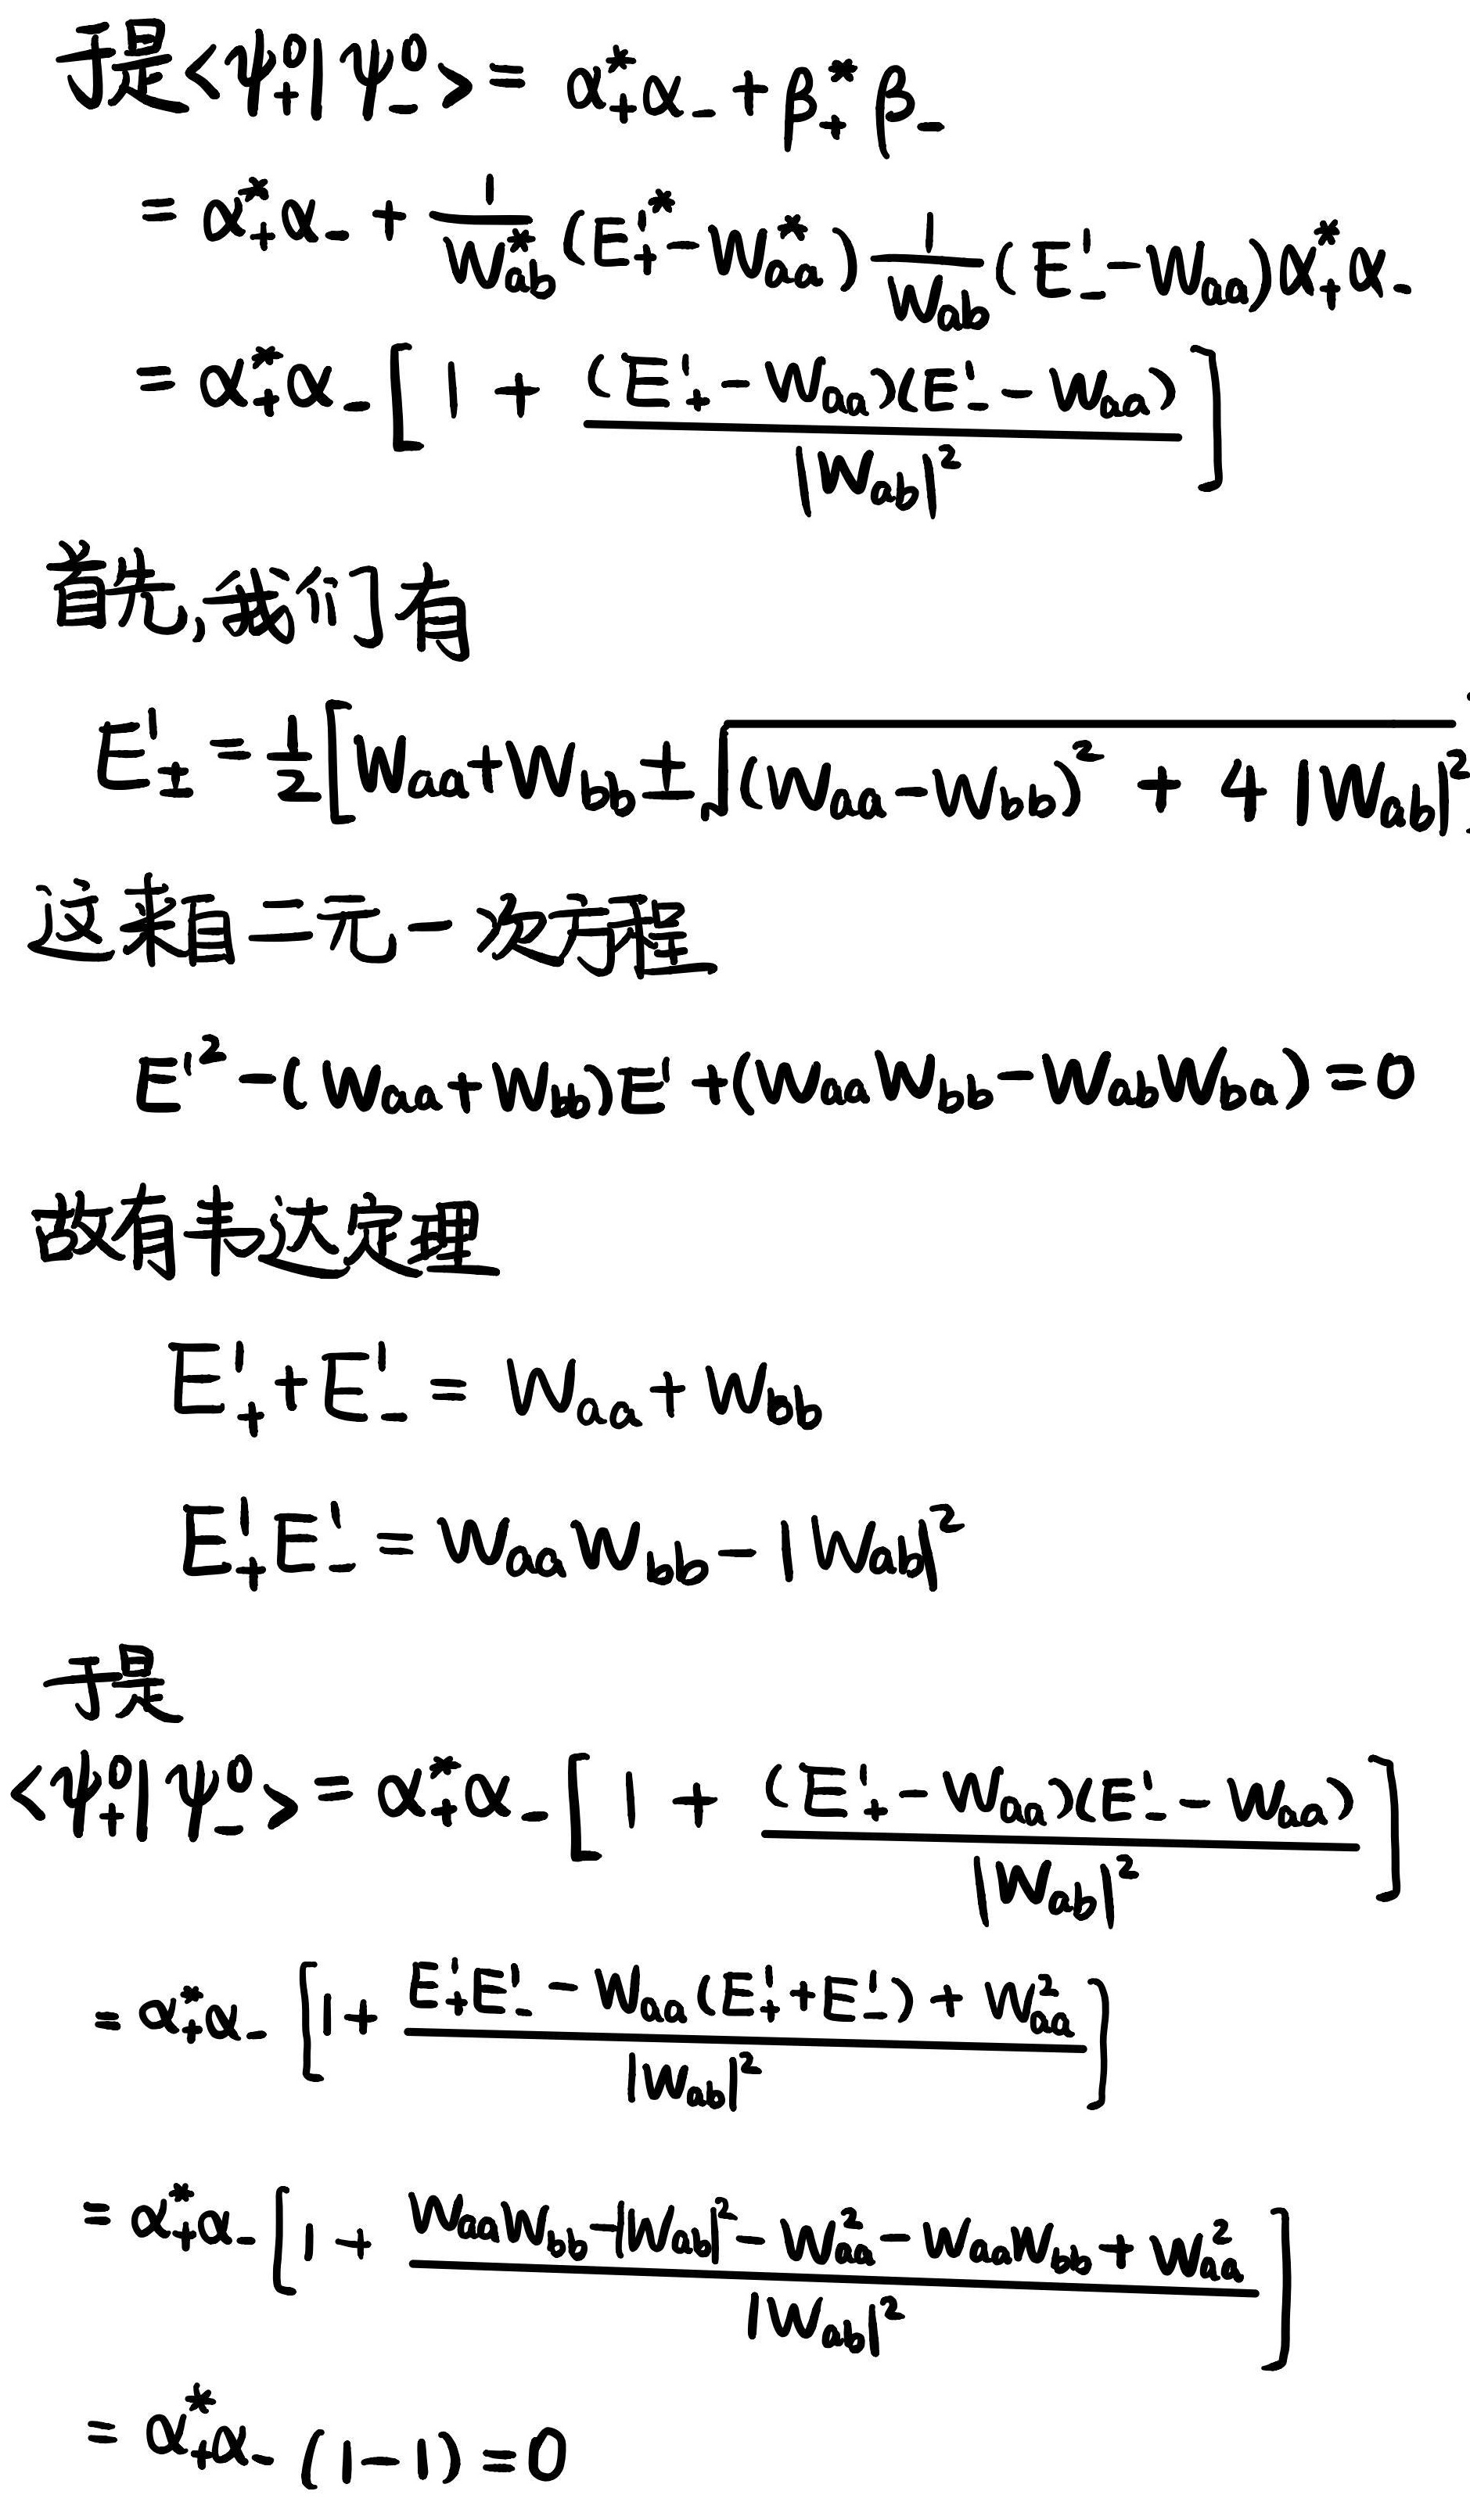
\[
\begin{align*}
&\text{于是}\langle\psi_+^0|\psi_-^0\rangle=\alpha_+^*\alpha_-+\beta_+^*\beta_-\\
&=\alpha_+^*\alpha_-+\frac{1}{W_{ab}^*}(E_+'-W_{aa}^*)\frac{1}{W_{ab}}(E_-' - W_{aa})\alpha_+^*\alpha_-\\
&=\alpha_+^*\alpha_-\left[1+\frac{(E_+'-W_{aa})(E_-' - W_{aa})}{|W_{ab}|^2}\right]\\
&\text{首先,我们有}\\
&E_{\pm}'=\frac{1}{2}\left[W_{aa}+W_{bb}\pm\sqrt{(W_{aa}-W_{bb})^2 + 4|W_{ab}|^2}\right]\\
&\text{这来自二元一次方程}\\
&E'^2-(W_{aa}+W_{bb})E'+(W_{aa}W_{bb}-W_{ab}W_{ba}) = 0\\
&\text{故有韦达定理}\\
&E_+' + E_-'=W_{aa}+W_{bb}\\
&E_+'E_-'=W_{aa}W_{bb}-|W_{ab}|^2\\
&\text{于是}\\
&\langle\psi_+^0|\psi_-^0\rangle=\alpha_+^*\alpha_-\left[1+\frac{(E_+'-W_{aa})(E_-' - W_{aa})}{|W_{ab}|^2}\right]\\
&=\alpha_+^*\alpha_-\left[1+\frac{E_+'E_-' - W_{aa}(E_+' + E_-')+W_{aa}^2}{|W_{ab}|^2}\right]\\
&=\alpha_+^*\alpha_-\left[1+\frac{W_{aa}W_{bb}-|W_{ab}|^2 - W_{aa}^2 - W_{aa}W_{bb}+W_{aa}^2}{|W_{ab}|^2}\right]\\
&=\alpha_+^*\alpha_-(1 - 1)=0
\end{align*}
\]